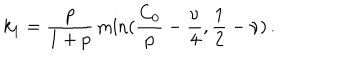
LaTeX: k _ { 1 } = \frac { p } { 1 + p } \min ( \frac { C _ { 0 } } { p } - \frac { \nu } { 4 } , \frac { 1 } { 2 } - \nu ) \, . \nonumber